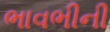
ભાવભીની